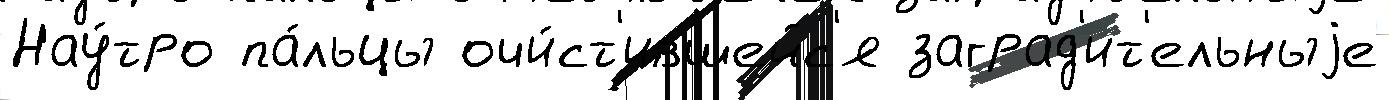
Нау́тро па́льцы очи́ст'ившейс'я заград'ит'ельныjе